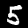
Label: 5